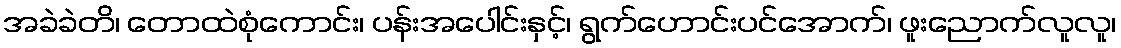
အခဲခဲတိ၊ တောထဲစုံကောင်း၊ ပန်းအပေါင်းနှင့်၊ ရွက်ဟောင်းပင်အောက်၊ ဖူးညောက်လူလူ၊